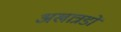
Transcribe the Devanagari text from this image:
अखात्रडों